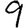
Digit: 9